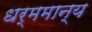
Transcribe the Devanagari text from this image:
धर्ममान्य